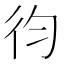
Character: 𢓈